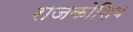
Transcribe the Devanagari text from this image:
राजकोशिय